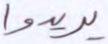
يريدوا